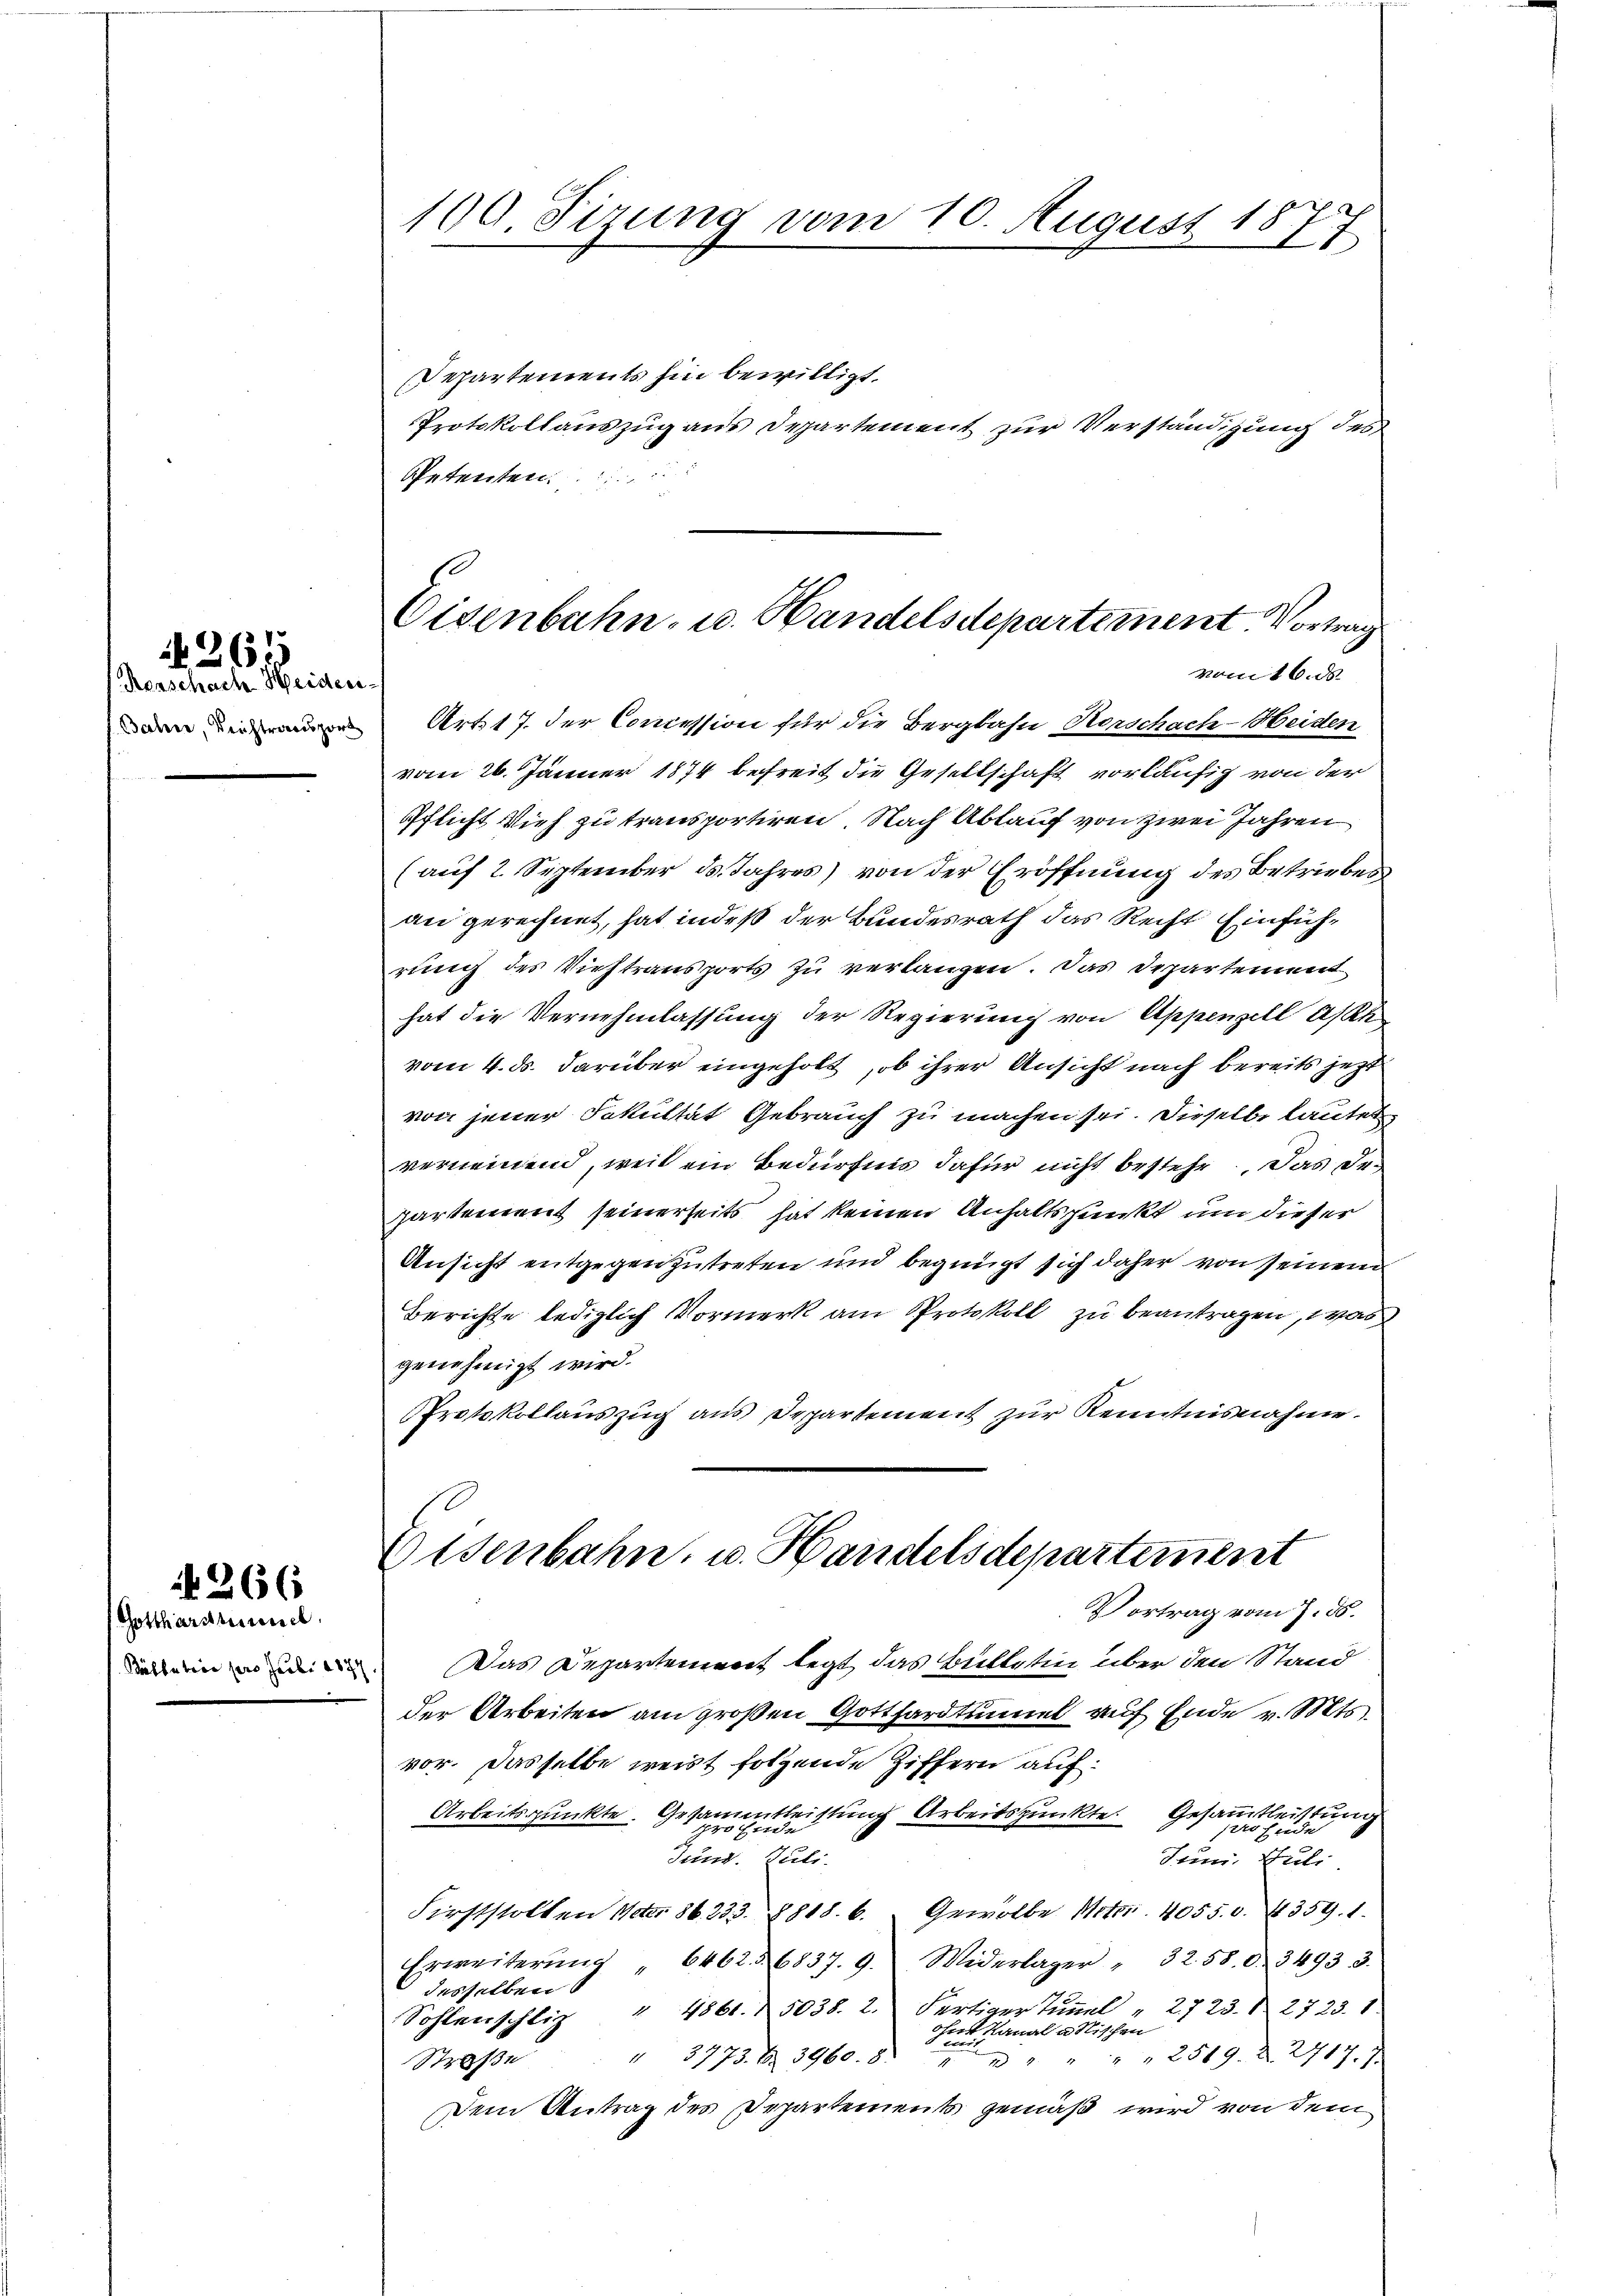
N 265

Ronschach Heider-

Gottharsammel.
Bölbation pro Juli 1874

N 266

Departements hin bewilligt.
Protokollauszug aus Departement zur Verständigung des
Petenten.  ..

100. Fizung vom 10. August 1877

Eisenbahn- u. Handelsdepartement. Vortrag
vom 16. ds

Artt 7. der Concession für die Bergbahn Herschach-Heiden
vom 26. Jänner 1874 befreit die Gesellschaft vorläufig von der
Pflicht Vieh zu transportiren. Nach Ablauf von zwei Jahren
(auf 2. September ds Jahres) von der Eröffnung des Betriebes
an gerechnet, hat indeß der Bundesrath das Recht Einführung des Viehtransports zu verlangen. Das Departement
hat die Vernehmlassung der Regierung von Appenzell A/Rh
vom 4. ds. darüber eingeholt, ob ihrer Ansicht nach bereits jetzt
von jener Fakultät Gebrauch zu machen sei. Dieselbe lautet
vernennend, weil ein Bedürfnis dafür nicht bestehe. Das Departement seinerseits hat keinen Anhaltspunkt um dieser
Ansicht entgegenzutreten und begnügt sich daher von seinen
Berichte lediglich Vormerk am Protokoll zu beantragen, was
genehmigt wird.
Protokollaŭszŭg ans Departement zŭr Kenntnisnahme.

Eisenbahn, u. Handelsdepartement
Vortrag vom 7. ds.

Das Departement legt das Bülletin über den Stand
der Arbeiten am großen Gotthardtunnel auf Ende v. Mts.
vor. Dasselbe weist folgende Ziffern auf¬
Arbeitspunkte. Gesammtleistung Arbeitspunkte. Gesammtleistung
e
ponde
Jund. Juli.
Juni, Juli.
Firststalten Noter 36. 233. 8818. 6. " Gewölbe Notar. 40550. 4359. 1.
Erweiterŭng 6462. 6837. 9. Widerlager " 32. 580. 34933.
desselben
Sohlenschliz " 4861. 5038. 2. Fertiger Tunnel " 2723. 2723. 1
ohne Kanal a Nischen
Straβe " " 3773. 6. 3960. 8. " " " " 2519. d. 2717.7.
Dem Antrag des Departements gemäß wird von dem